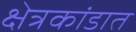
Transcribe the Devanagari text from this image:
क्षेत्रकांडात